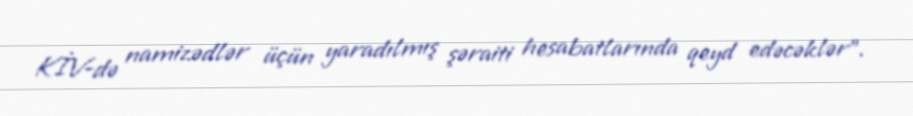
KİV-də namizədlər üçün yaradılmış şəraiti hesabatlarında qeyd edəcəklər”.